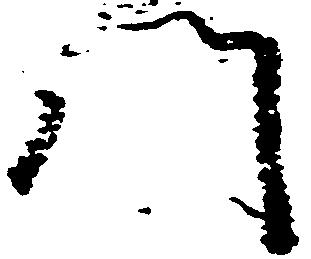
門